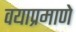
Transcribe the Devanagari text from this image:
वयाप्रमाणे